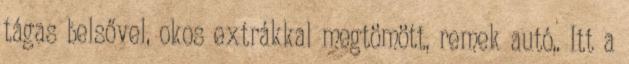
tágas belsővel, okos extrákkal megtömött, remek autó,. Itt a